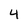
Character: 4